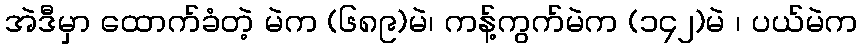
အဲဒီမှာ ထောက်ခံတဲ့ မဲက (၆၈၉)မဲ၊ ကန့်ကွက်မဲက (၁၄၂)မဲ ၊ ပယ်မဲက